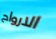
الارواح